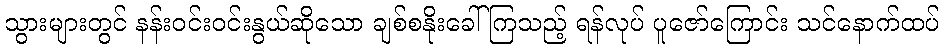
သွားများတွင် နန်းဝင်းဝင်းနွယ်ဆိုသော ချစ်စနိုးခေါ်ကြသည့် ရန်လုပ် ပူဇော်ကြောင်း သင်နောက်ထပ်